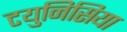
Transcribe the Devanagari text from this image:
टयुनिसिया